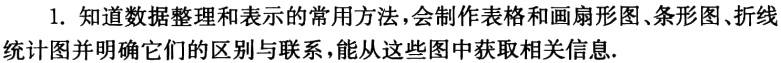
1. 知道数据整理和表示的常用方法，会制作表格和画扇形图、条形图、折线统计图并明确它们的区别与联系，能从这些图中获取相关信息.